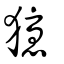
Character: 獶